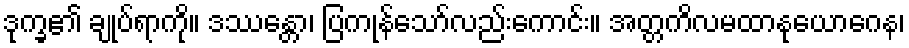
ဒုက္ခ၏ ချုပ်ရာကို။ ဒဿေန္တာ၊ ပြကုန်သော်လည်းကောင်း။ အတ္တကိလမထာနုယောဂေန၊